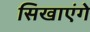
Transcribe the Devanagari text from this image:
सिखाएंगे